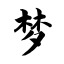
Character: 梦